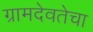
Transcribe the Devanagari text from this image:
ग्रामदेवतेचा